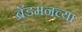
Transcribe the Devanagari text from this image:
ब्रॅडमनच्या